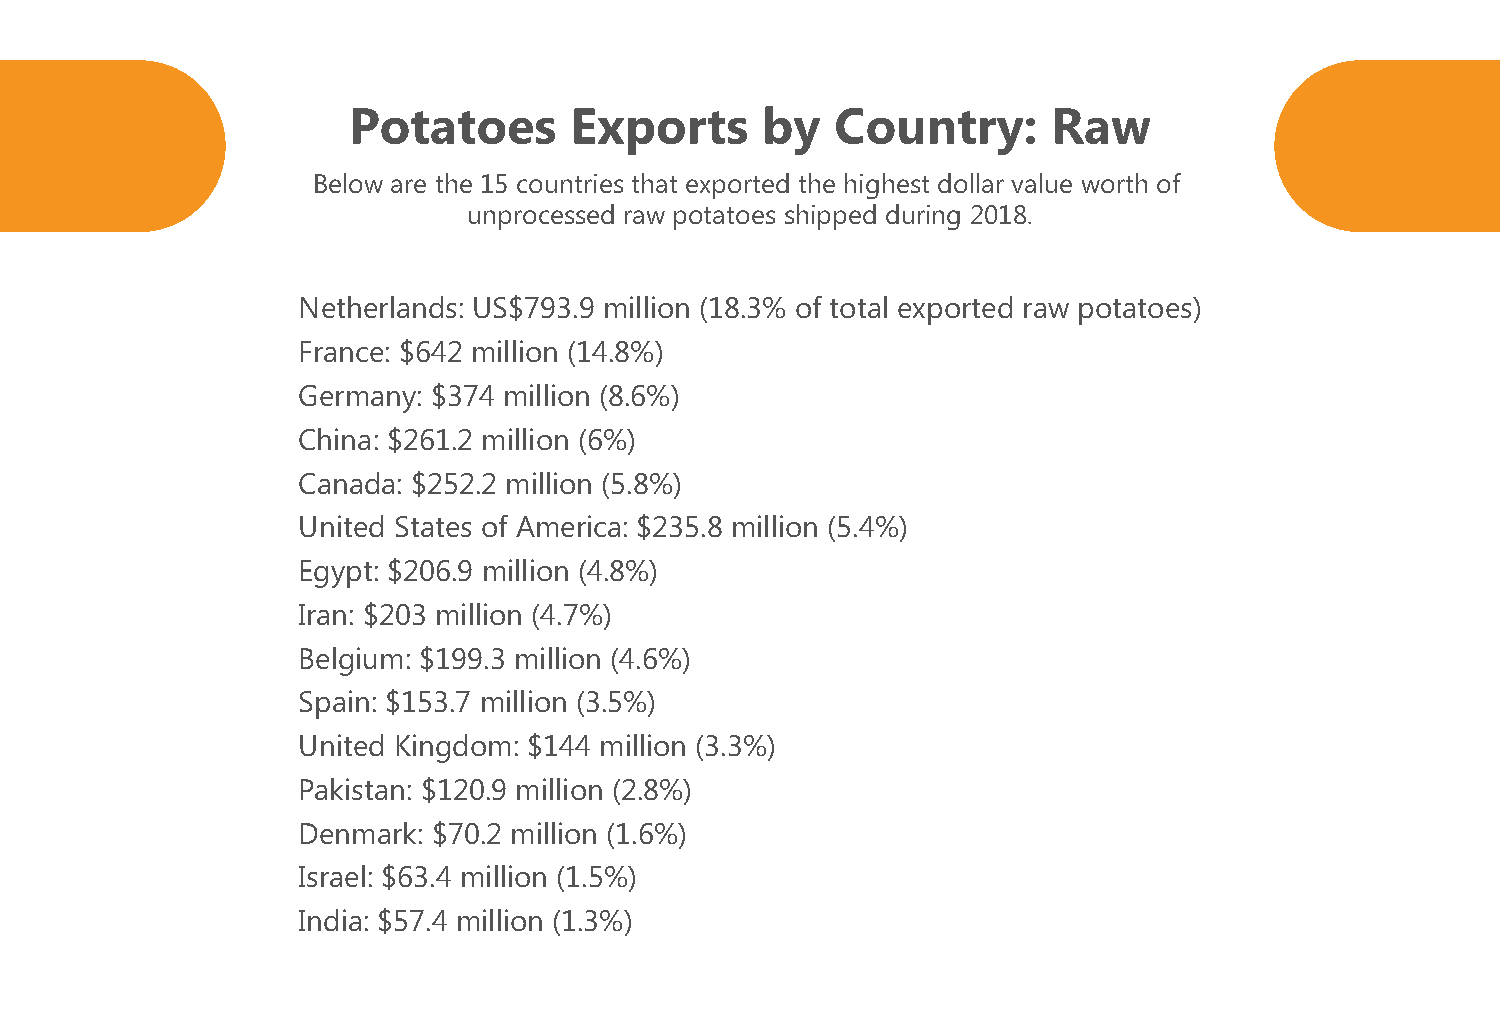
Potatoes       Exports     by   Country:       Raw
 Below are the 15 countries that exported the highest dollar value worth of
 unprocessed raw potatoes shipped during 2018.
 Netherlands: US$793.9 million (18.3% of total exported raw potatoes)
 France: $642 million (14.8%)
 Germany: $374 million (8.6%)
 China: $261.2 million (6%)
 Canada: $252.2 million (5.8%)
 United States of America: $235.8 million (5.4%)
 Egypt: $206.9 million (4.8%)
 Iran: $203 million (4.7%)
 Belgium: $199.3 million (4.6%)
 Spain: $153.7 million (3.5%)
 United Kingdom: $144 million (3.3%)
 Pakistan: $120.9 million (2.8%)
 Denmark: $70.2 million (1.6%)
 Israel: $63.4 million (1.5%)
 India: $57.4 million (1.3%)